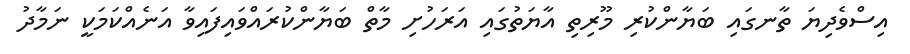
އިސްވެދިޔަ ތާނގައި ބަޔާންކުރި މޫރިތި އާޔަތުގައި އަރަހުށި މާތް ބަޔާންކުރައްވައިފައިވާ އަނެއްކަމަކީ ނަމާދު